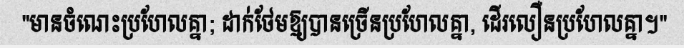
"មានចំណេះប្រហែលគ្នា; ដាក់ថែមឱ្យបានច្រើនប្រហែលគ្នា, ដើរលឿនប្រហែលគ្នា។"